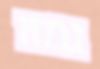
גמזו